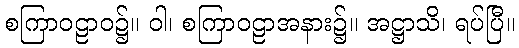
စကြာဝဠာဝ၌။ ဝါ၊ စကြာဝဠာအနား၌။ အဋ္ဌာသိ၊ ရပ်ပြီ။